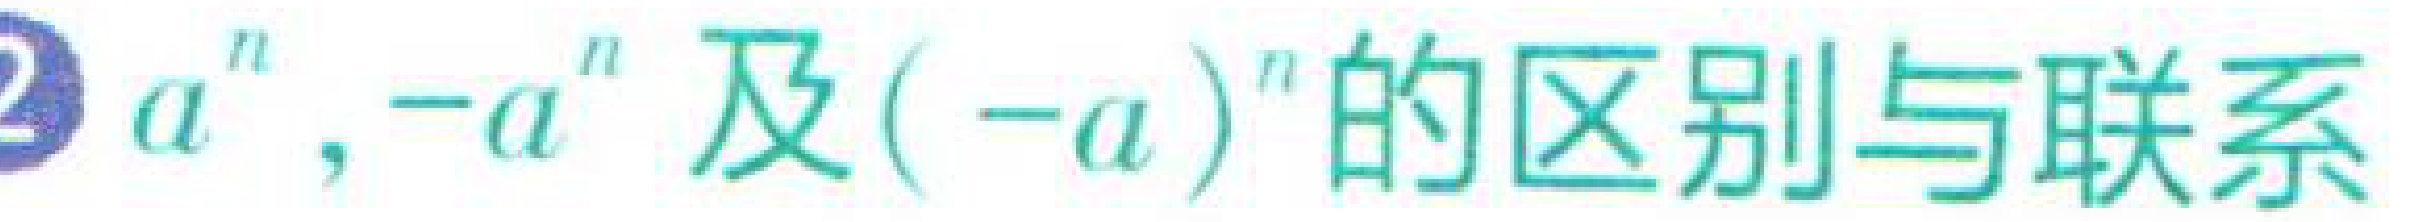
\(a^{n},-a^{n}\)及\((-a)^{n}\)的区别与联系